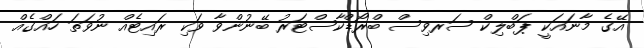
އޭގެ މާނައަކީ ޕަބްލިކް ސަރވިސް ބްރޯޑްކާސްޓަރު ބޭނުންވާ ވަކި ރައިޓެއް ނުވަތަ ހައްގެއް